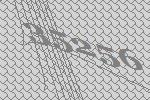
35256